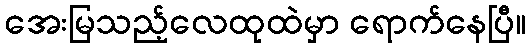
အေးမြသည့်လေထုထဲမှာ ရောက်နေပြီ။